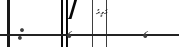
: